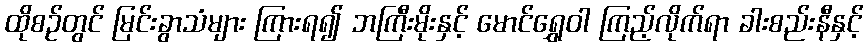
ထိုစဉ်တွင် မြင်းခွာသံများ ကြားရ၍ ဘကြီးမိုးနှင့် မောင်ရွှေဝါ ကြည့်လိုက်ရာ ခါးစည်းနီနှင့်